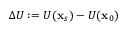
\Delta U : = U ( \mathbf { x } _ { s } ) - U ( \mathbf { x } _ { 0 } )